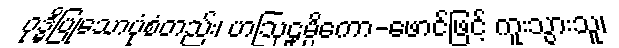
ဝုဒ္ဓိပြုသောပုံစံတည်း၊ ဟဩဠုမ္ပိကော-ဖောင်ဖြင့် ကူးသွားသူ၊